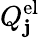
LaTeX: Q_{\mathbf{j}}^{\mathrm{{el}}}